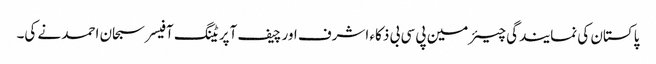
پاکستان کی نمایندگی چیئرمین پی سی بی ذکاء اشرف اور چیف آپریٹنگ آفیسر سبحان احمد نے کی۔